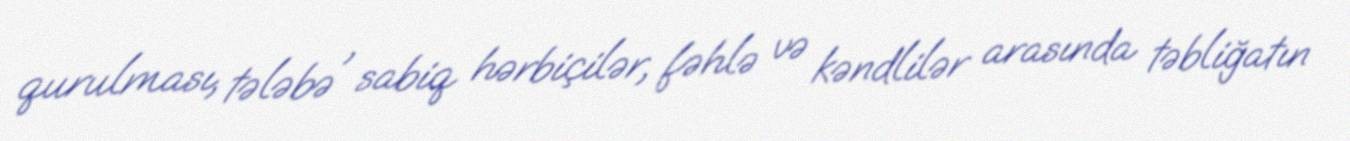
qurulması, tələbə , sabiq hərbiçilər, fəhlə və kəndlilər arasında təbliğatın